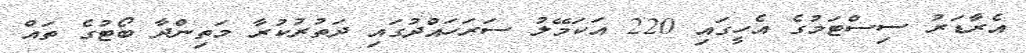
އެރާޑަރު ސިސްޓަމުގެ އެހީގައި 220 އަކަމޭލު ސަރަހައްދުގައި ދަތުރުކުރާ މަތިންދާ ބޯޓުގެ ތައް